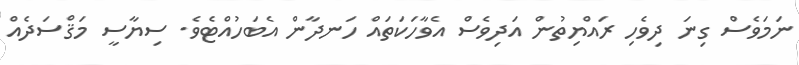
ނަމަވެސް ގިނަ ދިވެހި ރައްޔިތުން އަދިވެސް އެވާހަކަތައް ހަނދާން އެބަހުއްޓެވެ. ސިޔާސީ މަޤްސަދެއް